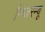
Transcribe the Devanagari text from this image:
निजरम्बू